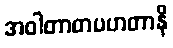
အဝါတာတပဟတာနိ